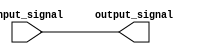
module Active_high_buffer (
  input wire input_signal,
  output wire output_signal
);

assign output_signal = input_signal;

endmodule